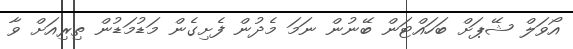
އޯވަލް ޝޭޕަށް ބަހައްޓަން ބޭނުން ނަމަ މެދުން ފެށިގެން މަޑުމަޑުން ތިރިއަށް ވާ